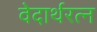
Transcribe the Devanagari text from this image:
वेदार्थरत्न